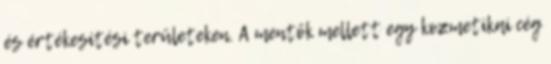
és értékesítési területeken. A mentők mellett egy kozmetikai cég